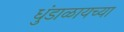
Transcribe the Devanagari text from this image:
धुंडाळायच्या